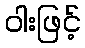
ဝါးဖြင့်